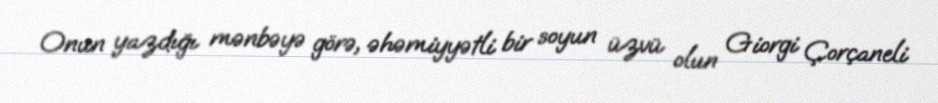
Onun yazdığı mənbəyə görə, əhəmiyyətli bir soyun üzvü olun Giorgi Çorçaneli